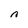
Character: n